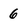
Character: 6